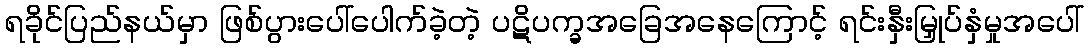
ရခိုင်ပြည်နယ်မှာ ဖြစ်ပွားပေါ်ပေါက်ခဲ့တဲ့ ပဋိပက္ခအခြေအနေကြောင့် ရင်းနှီးမြှုပ်နှံမှုအပေါ်